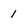
Character: 1